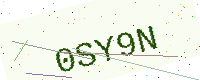
Text: 0SY9N